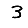
Digit: 3